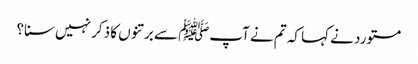
مستورد نے کہا کہ تم نے آپﷺ سے برتنوں کا ذکر نہیں سنا؟